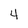
Character: 4